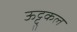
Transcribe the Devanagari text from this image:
ऊट्टुकल